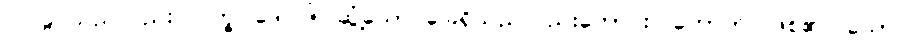
ဝါ၊ ခွင်သည်လည်း။ ပက္ခပါဒေါ ဝါ၊ ဆွံ့သော ခြေရှိသည်လည်းကောင်း။ ဟောတိ၊ ဖြစ်၏။ သော၊